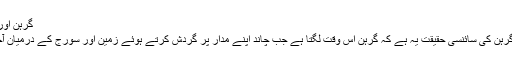
گرہن اور سائنس
سورج گرہن کی سائنسی حقیقت یہ ہے کہ گرہن اس وقت لگتا ہے جب چاند اپنے مدار پر گردش کرتے ہوئے زمین اور سورج کے درمیان آجاتا ہے۔